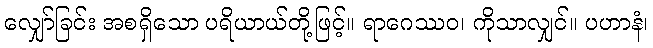
လျှော်ခြင်း အစရှိသော ပရိယာယ်တို့ဖြင့်။ ရာဂေဿဝ၊ ကိုသာလျှင်။ ပဟာနံ၊